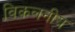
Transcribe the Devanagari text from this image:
विकलनीय